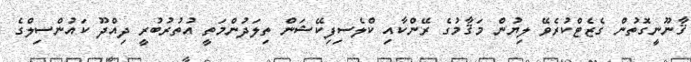
ޤާނޫނީގޮތުން ގެޒެޓްކުރެވޭ ލިޔުން މަޤާމުގެ ރޭންކާއި ކްލެސިފިކޭޝަން ތިލަދުންމަތީ އުތުރުބުރީ ދިއްދޫ ކައުންސިލްގެ